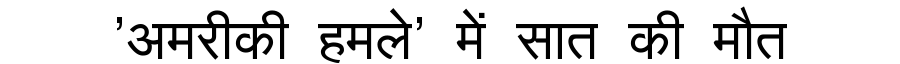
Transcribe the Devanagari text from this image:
'अमरीकी हमले' में सात की मौत